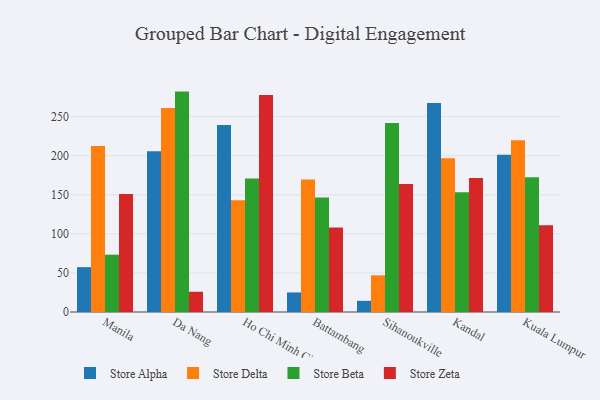
{"axis": {"x": "City", "y": "Bounce Rate (%)"}, "legend": ["Store Alpha", "Store Beta", "Store Delta", "Store Zeta"], "data": [{"x": "Manila", "y": 57.4, "type": "Store Alpha"}, {"x": "Manila", "y": 212.5, "type": "Store Delta"}, {"x": "Manila", "y": 73.3, "type": "Store Beta"}, {"x": "Manila", "y": 151.0, "type": "Store Zeta"}, {"x": "Da Nang", "y": 205.7, "type": "Store Alpha"}, {"x": "Da Nang", "y": 261.0, "type": "Store Delta"}, {"x": "Da Nang", "y": 282.0, "type": "Store Beta"}, {"x": "Da Nang", "y": 25.9, "type": "Store Zeta"}, {"x": "Ho Chi Minh City", "y": 239.2, "type": "Store Alpha"}, {"x": "Ho Chi Minh City", "y": 142.9, "type": "Store Delta"}, {"x": "Ho Chi Minh City", "y": 170.9, "type": "Store Beta"}, {"x": "Ho Chi Minh City", "y": 277.8, "type": "Store Zeta"}, {"x": "Battambang", "y": 25.0, "type": "Store Alpha"}, {"x": "Battambang", "y": 169.6, "type": "Store Delta"}, {"x": "Battambang", "y": 146.6, "type": "Store Beta"}, {"x": "Battambang", "y": 108.0, "type": "Store Zeta"}, {"x": "Sihanoukville", "y": 14.3, "type": "Store Alpha"}, {"x": "Sihanoukville", "y": 46.9, "type": "Store Delta"}, {"x": "Sihanoukville", "y": 241.9, "type": "Store Beta"}, {"x": "Sihanoukville", "y": 163.7, "type": "Store Zeta"}, {"x": "Kandal", "y": 267.4, "type": "Store Alpha"}, {"x": "Kandal", "y": 196.7, "type": "Store Delta"}, {"x": "Kandal", "y": 153.3, "type": "Store Beta"}, {"x": "Kandal", "y": 171.3, "type": "Store Zeta"}, {"x": "Kuala Lumpur", "y": 201.2, "type": "Store Alpha"}, {"x": "Kuala Lumpur", "y": 219.6, "type": "Store Delta"}, {"x": "Kuala Lumpur", "y": 172.5, "type": "Store Beta"}, {"x": "Kuala Lumpur", "y": 111.0, "type": "Store Zeta"}]}